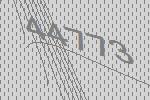
44773